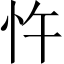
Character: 忤